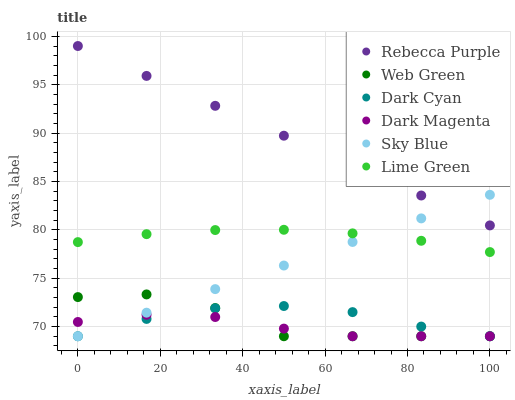
| xaxis_label | Rebecca Purple | Web Green | Dark Cyan | Dark Magenta | Sky Blue | Lime Green |
 | --- | --- | --- | --- | --- | --- | --- |
 | 0 | 99 | 73 | 69 | 70.5 | 69 | 78.7 |
 | 16.7 | 95.9 | 73.3 | 70.8 | 71.2 | 71.4 | 79.6 |
 | 33.3 | 92.8 | 71.9 | 71.9 | 71 | 73.9 | 80 |
 | 50 | 89.7 | 69 | 72.1 | 69.8 | 76.3 | 80 |
 | 66.7 | 86.6 | 69 | 71.5 | 69 | 78.7 | 79.6 |
 | 83.3 | 83.5 | 69 | 70 | 69 | 81.2 | 78.9 |
 | 100 | 80.5 | 69 | 69 | 69 | 83.6 | 77.7 |